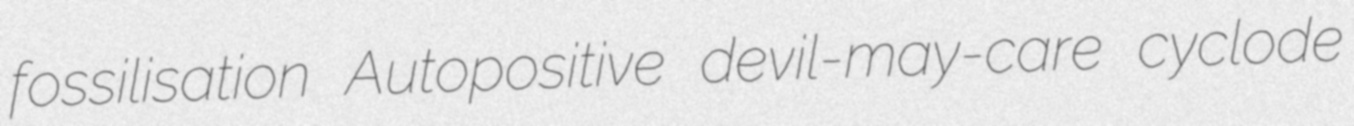
fossilisation Autopositive devil-may-care cyclode